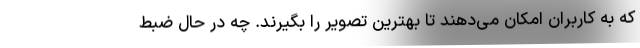
که به کاربران امکان می‌دهند تا بهترین تصویر را بگیرند. چه در حال ضبط